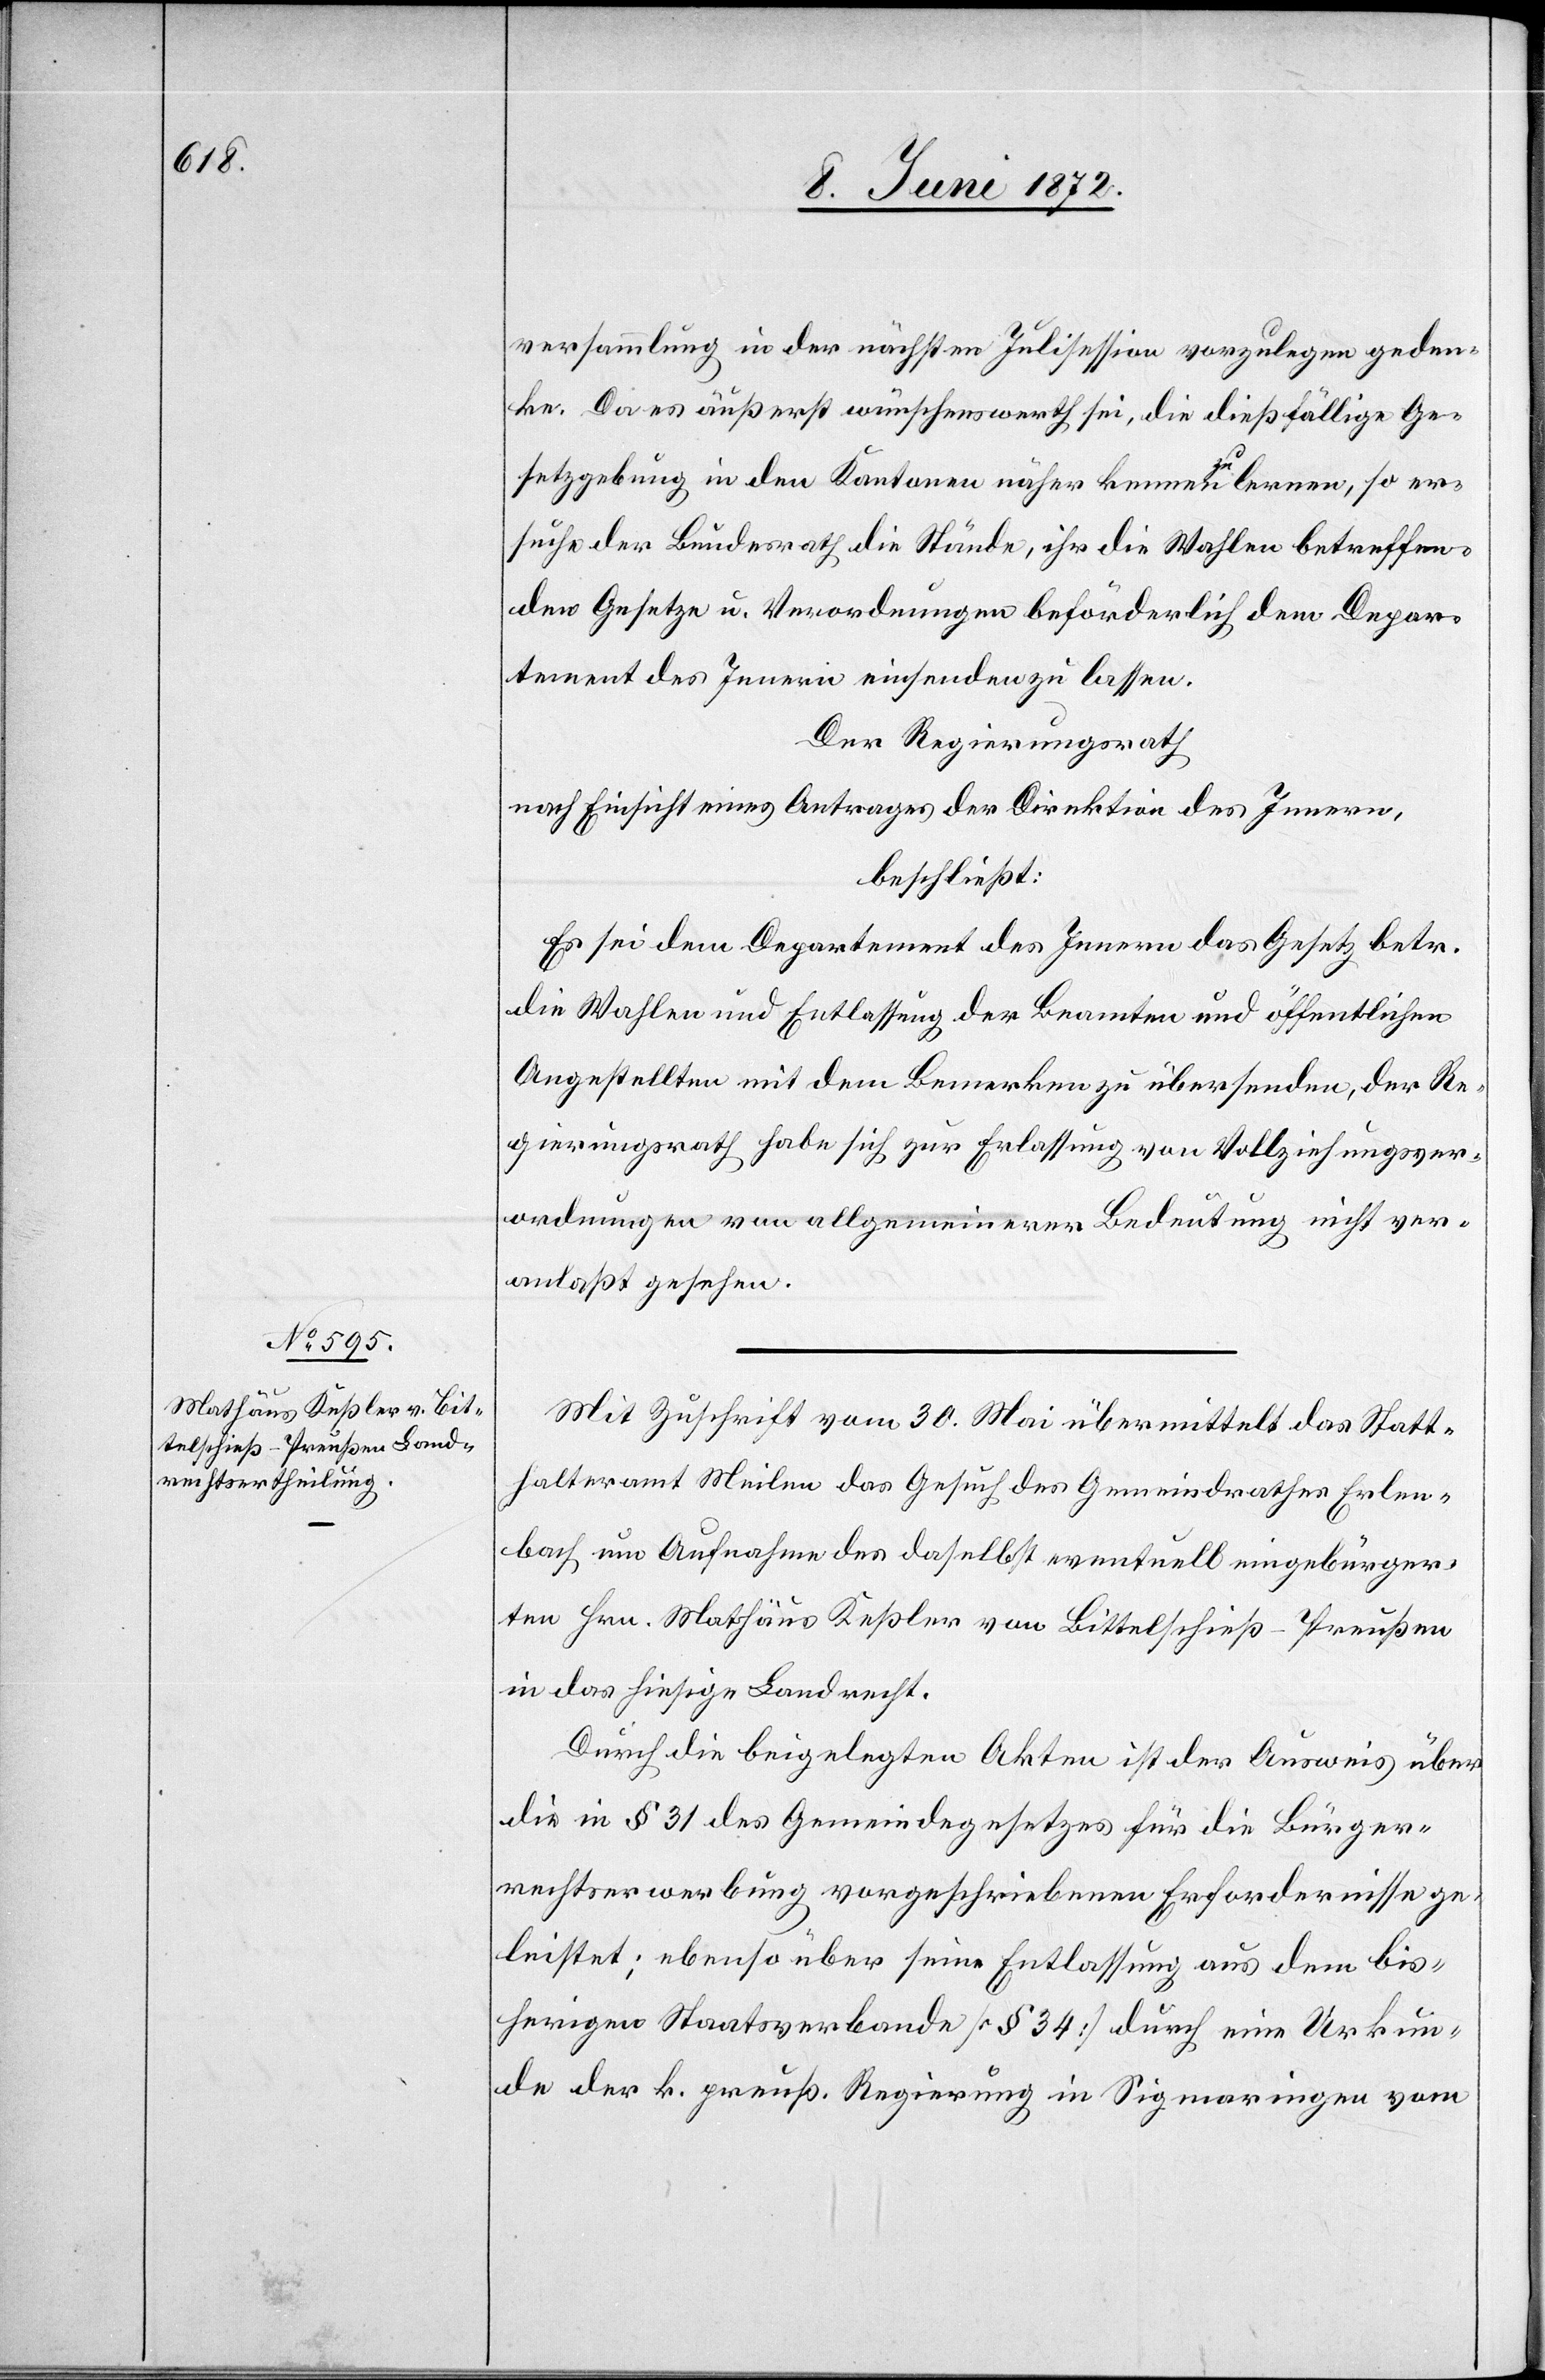
versammlung in der nächsten Julisession vorzulegen geden¬
ke. Da es äußerst wünschenswerth sei, die dießfällige Ge¬
setzgebung in den Kantonen näher kennen zu lernen, so er¬
suche der Bundesrath die Stände, ihr die Wahlen betreffen¬
den Gesetze u. Verordnungen beförderlich dem Depar¬
tement des Innern einsenden zu lassen.
Der Regierungsrath
nach Einsicht eines Antrages der Direktion des Innern,
beschließt:
Es sei dem Departement des Innern das Gesetz betr.
die Wahlen und Entlassung der Beamten und öffentlichen
Angestellten mit dem Bemerken zu übersenden, der Re¬
gierungsrath habe sich zur Erlassung von Vollziehungsver¬
ordnungen von allgemeinerer Bedeutung nicht ver¬
anlaßt gesehen.